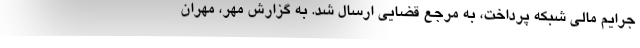
جرایم مالی شبکه پرداخت، به مرجع قضایی ارسال شد. به گزارش مهر، مهران